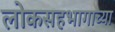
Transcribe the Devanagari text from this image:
लोकसहभागाच्या